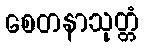
စေတနာသုတ္တံ